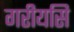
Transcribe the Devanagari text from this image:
गरीयसि